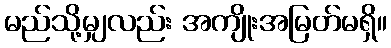
မည်သို့မျှလည်း အကျိုးအမြတ်မရှိ။